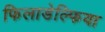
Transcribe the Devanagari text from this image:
फिलाडेल्‍फिया